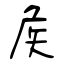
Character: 矦